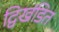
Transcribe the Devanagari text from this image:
द्विखंडित